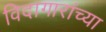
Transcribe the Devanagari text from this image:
विदागारांच्या